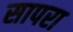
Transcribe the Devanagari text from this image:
सापरा